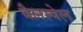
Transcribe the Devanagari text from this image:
कैनस्पेल